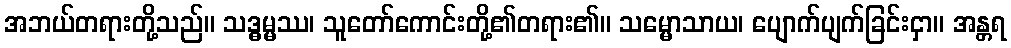
အဘယ်တရားတို့သည်။ သဒ္ဓမ္မဿ၊ သူတော်ကောင်းတို့၏တရား၏။ သမ္မောသာယ၊ ပျောက်ပျက်ခြင်းငှာ။ အန္တရ